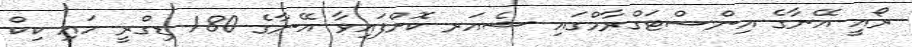
ރޯއީ އޭނާގެ އިންސްޓަގްރާމްގައި ޝެއަރ ކޮށްފައިވާ އޭނާގެ 180 ޑިގްރީ ހައި ކިކް